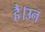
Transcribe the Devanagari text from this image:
है।उन